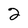
Character: 2